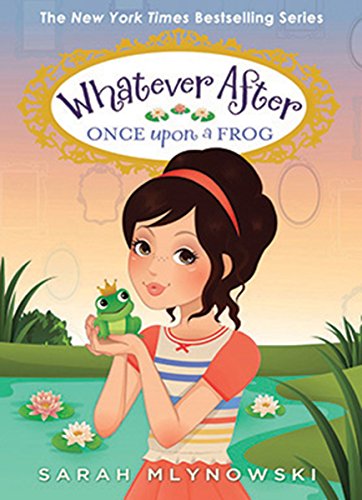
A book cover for Once Upon a Frog (Whatever After #8); Sarah Mlynowski; Children's Books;